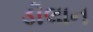
ડીલાન